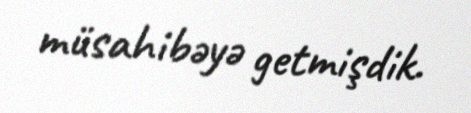
müsahibəyə getmişdik.